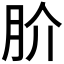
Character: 𭨫